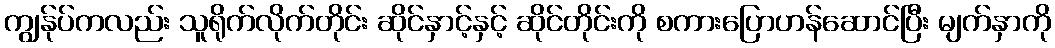
ကျွန်ုပ်ကလည်း သူရိုက်လိုက်တိုင်း ဆိုင်နှာင့်နှင့် ဆိုင်တိုင်းကို စကားပြောဟန်ဆောင်ပြီး မျက်နှာကို